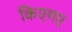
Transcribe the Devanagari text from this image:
किएगए